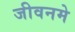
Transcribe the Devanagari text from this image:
जीवनमे